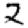
Digit: 2